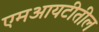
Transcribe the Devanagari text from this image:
एमआयटीतील